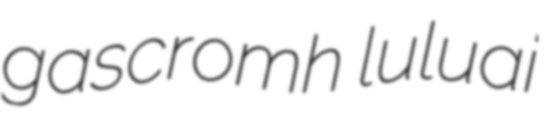
gascromh luluai